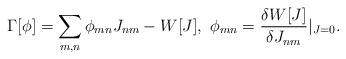
LaTeX: \begin{align*}\Gamma[\phi]=\sum_{m,n}\phi_{mn}J_{nm}-W[J],\ \phi_{mn}=\frac{\delta W[J]}{\delta J_{nm}}\vert_{J=0}.\end{align*}